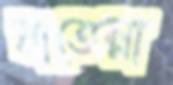
বাতেল্লা